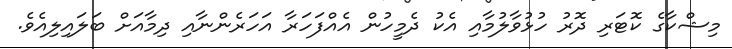
މިޝްކާގެ ކޮޓަރި ދޮރު ހުޅުވާލުމާއި އެކު ދެމީހުން އެއްފަހަރާ އަހަރެންނާއި ދިމާއަށް ބަލައިލިއެވެ.